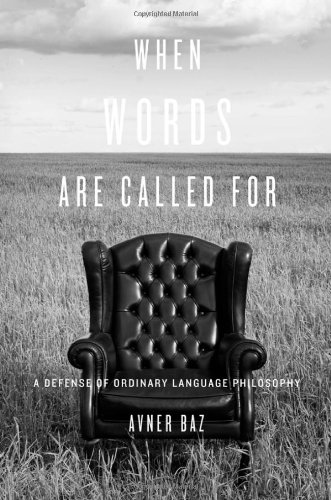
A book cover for When Words Are Called For: A Defense of Ordinary Language Philosophy; Avner Baz; Politics & Social Sciences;